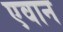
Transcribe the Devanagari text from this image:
एवान